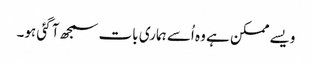
ویسے ممکن ہے وہ اُسے ہماری بات سمجھ آ گئی ہو۔